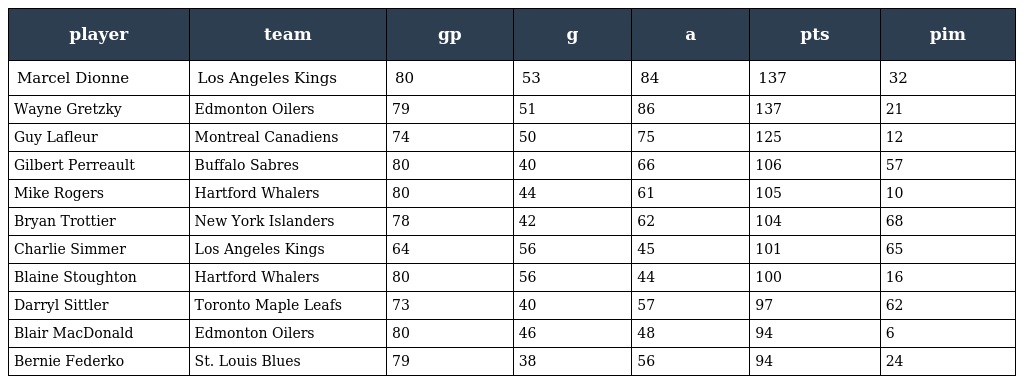
| player | team | gp | g | a | pts | pim |
 | --- | --- | --- | --- | --- | --- | --- |
 | Marcel Dionne | Los Angeles Kings | 80 | 53 | 84 | 137 | 32 |
 | Wayne Gretzky | Edmonton Oilers | 79 | 51 | 86 | 137 | 21 |
 | Guy Lafleur | Montreal Canadiens | 74 | 50 | 75 | 125 | 12 |
 | Gilbert Perreault | Buffalo Sabres | 80 | 40 | 66 | 106 | 57 |
 | Mike Rogers | Hartford Whalers | 80 | 44 | 61 | 105 | 10 |
 | Bryan Trottier | New York Islanders | 78 | 42 | 62 | 104 | 68 |
 | Charlie Simmer | Los Angeles Kings | 64 | 56 | 45 | 101 | 65 |
 | Blaine Stoughton | Hartford Whalers | 80 | 56 | 44 | 100 | 16 |
 | Darryl Sittler | Toronto Maple Leafs | 73 | 40 | 57 | 97 | 62 |
 | Blair MacDonald | Edmonton Oilers | 80 | 46 | 48 | 94 | 6 |
 | Bernie Federko | St. Louis Blues | 79 | 38 | 56 | 94 | 24 |